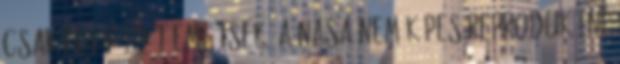
csak egy példát említsek: a NASA nem képes reprodukálni